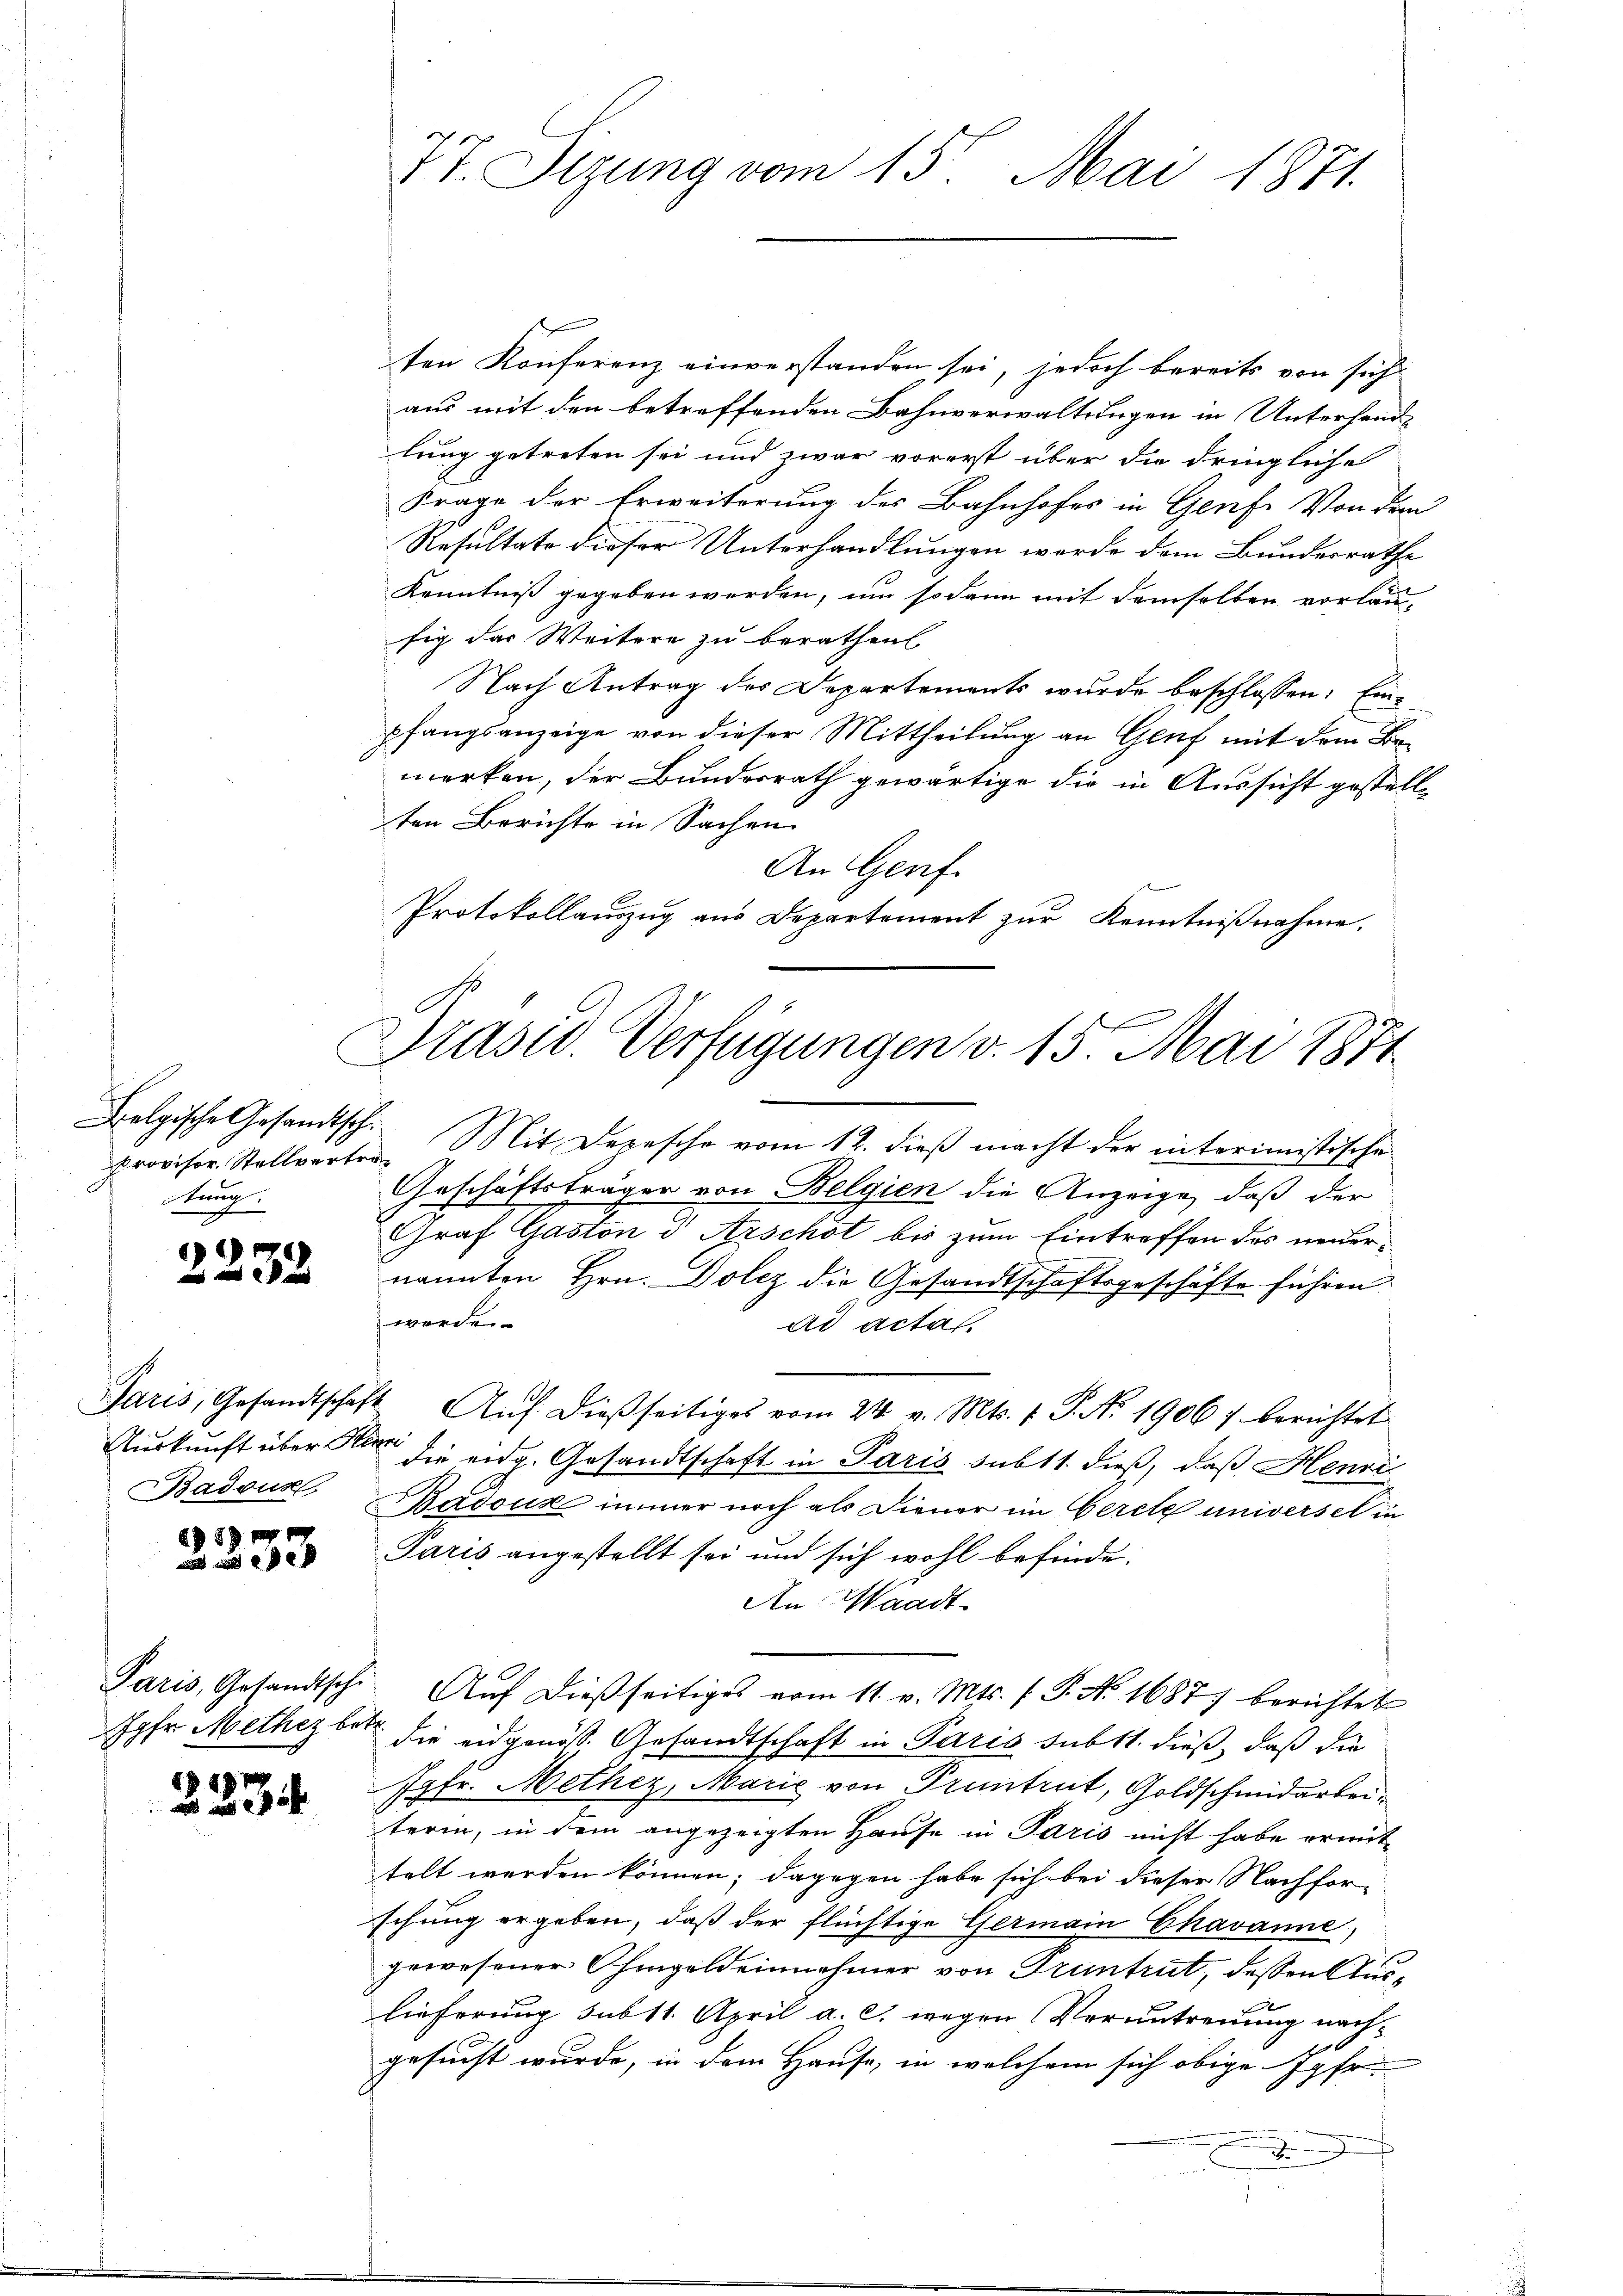
provisor. Stellvertrekung.

e
x

Badous

1
 und de

188

ten Konferenz einverstanden sei, jedoch bereits von sich
aus mit den betreffenden Bahnverwaltungen in Unterhandlung getreten sei und zwar vorerst über die dringliche
Frage der Erweiterung des Bahnhofes in Genf. Von dem
Resultate dieser Unterhandlungen werde dem Bundesrathe
Kenntniß gegeben werden, um sodann mit demselben vorlaufig das Weitere zu berathen
Nach Antrag des Departements wurde beschlossen: Einpfangsanzeige von dieser Mittheilung an Genf mit dem Bemerken, der Bundesrath gewärtige die in Aussicht gestell-
ten Berichte in Sachen
An Genf.
 Bemer
Protokollanzŭg ans Departement zŭr Kenntniβnahme.

77. Sizung vom 15. Mai 1871.

Präsid. Verfügungen v. 15. Mai 1871.

Belgische Gesandtsch. Mit Depesche vom 12. dieβ macht der interimistische
Geschäftsträger von Belgien die Anzeige, daß der
Graf Gaston & Arschot bis zum Eintreffen des neuer-
nannten Hrn. Dolez die Gesandtschaftsgeschäfte führen
werde.
ad acta.
Paris, Gesandtschaft. Aŭf dießseitiges vom 24. v. Mts. 1 S. N. 1906) berichtet
Auskunft über die eidg. Gesandtschaft in Paris subt1. dieß, daß Henri
Badoux immer noch als Diener im Gerete universel in
Paris angestellt sei und sich wohl befinde.
An Waadt
Paris, Gesandtsche Aŭf dießseitiges vom 11. v. Mts. (T. N. 1687) berichtet
Jgfr. Methez betr. die eidgenöß. Gesandtschaft in Paris subst. dieß, daß die
Jgfr. Methez, Marie von Pruntrut, Goldschmidarbeiterin, in dem angezeigten Hause in Paris nicht habe ermittelt werden können; dagegen habe sich bei dieser Nachfor-
schung ergeben, daß der flüchtige Germain Chavanne,
gewesener Ohmgeldeinehmer von Truntrut, dessen Auslieferung sub 11. April a. c. wegen Verantreuung nachgesucht wurde, in dem Hause, in welchem sich obige Jgfr.
J